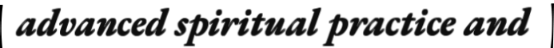
advanced spiritual practice and